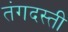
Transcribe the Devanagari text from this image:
तंगदस्ती